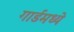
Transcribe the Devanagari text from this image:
गार्डमध्ये